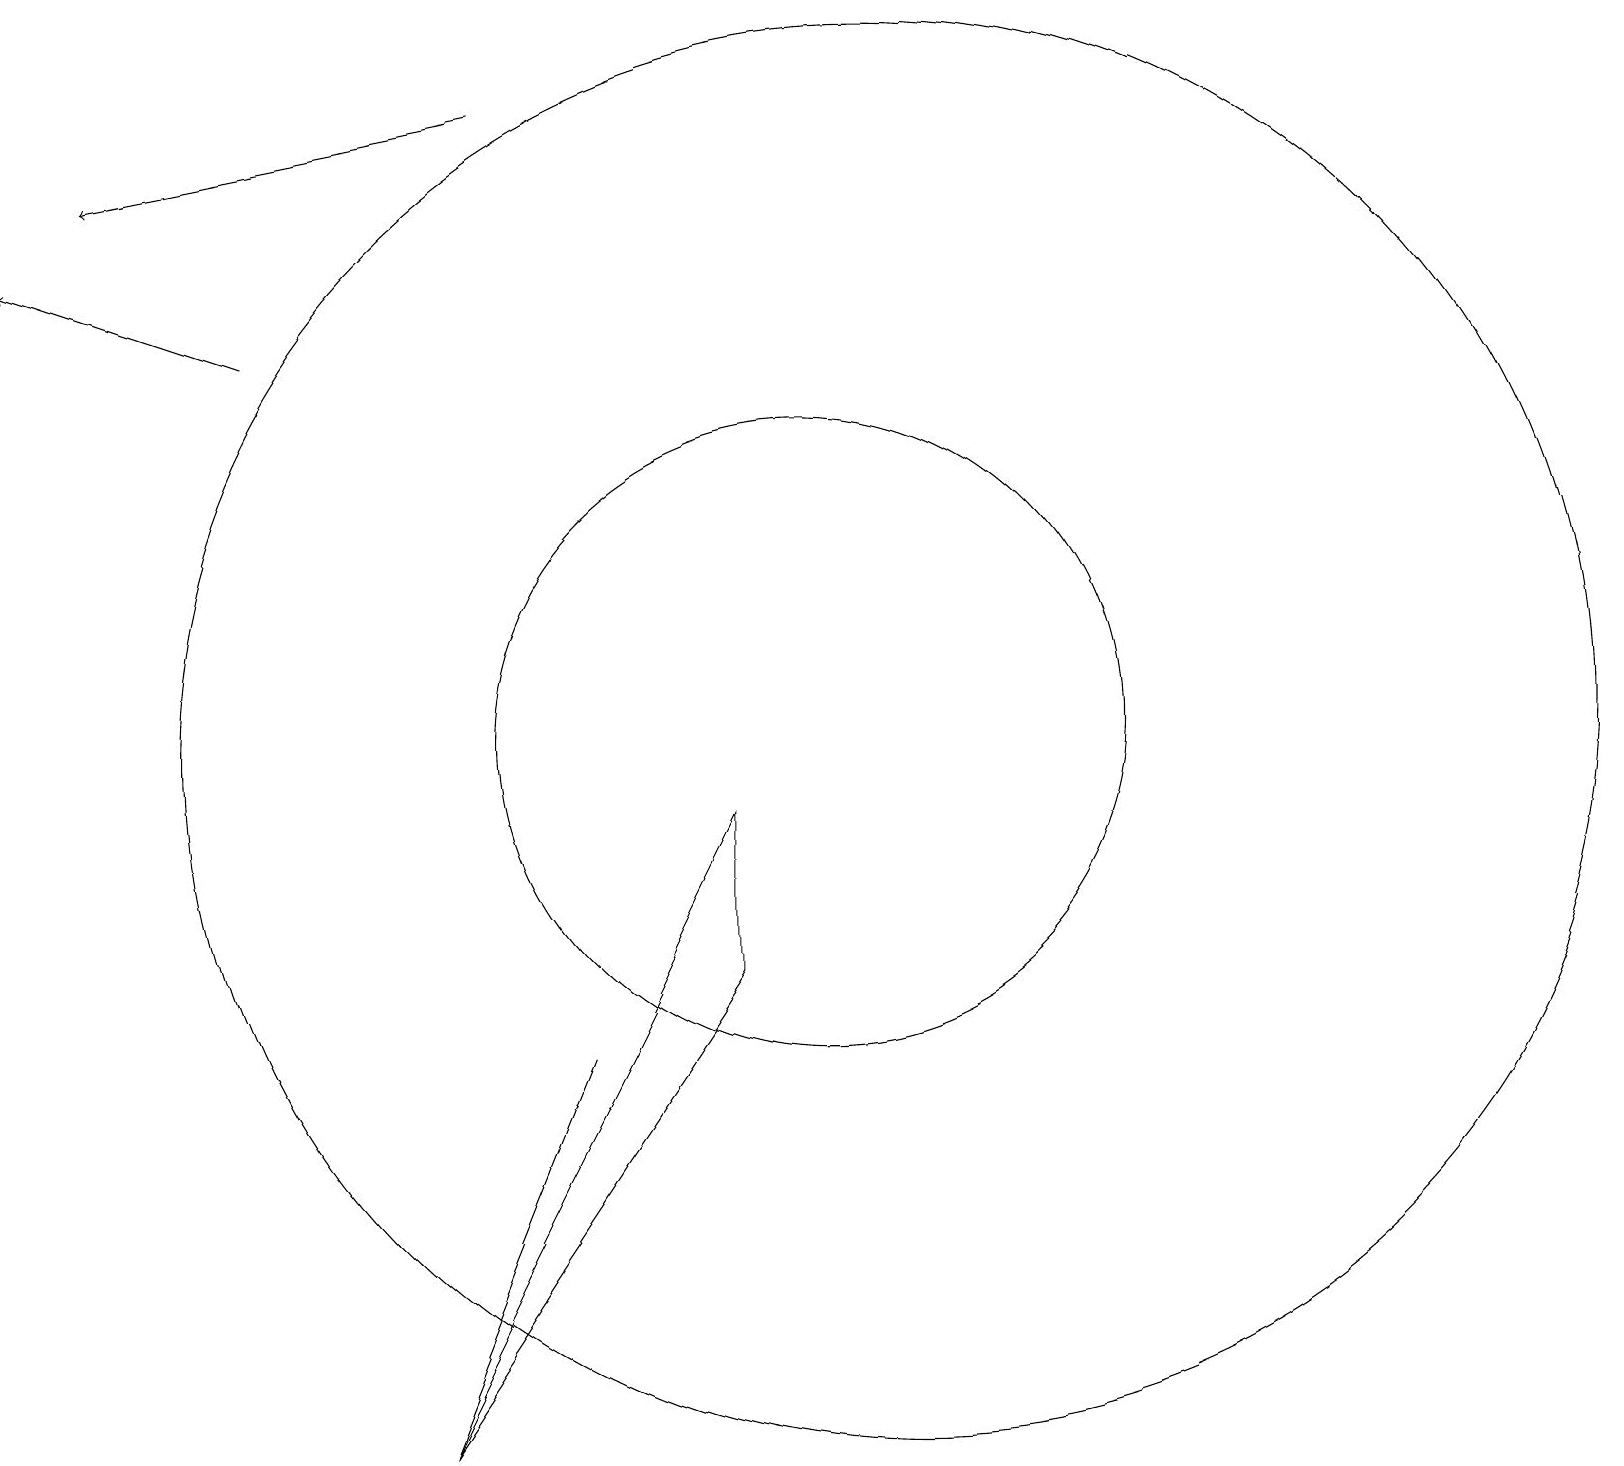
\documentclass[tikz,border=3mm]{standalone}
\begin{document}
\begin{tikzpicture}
\draw (7,6) -- (5,1) -- (7,6) -- cycle;
\draw (10,10) circle (4);
\draw (5,1) -- (9,7) -- (9,9) -- cycle;
\draw[->] (3,15) -- (0,16);
\draw (11,10) circle (9);
\draw[->] (6,18) -- (1,17);
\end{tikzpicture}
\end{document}